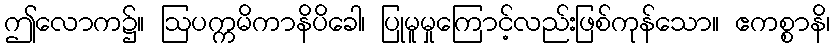
ဤလောက၌။ ဩပက္ကမိကာနိပိခေါ၊ ပြုမူမှုကြောင့်လည်းဖြစ်ကုန်သော။ ဧကစ္စာနိ၊